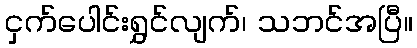
ငှက်ပေါင်းရွှင်လျက်၊ သဘင်အပြီ။